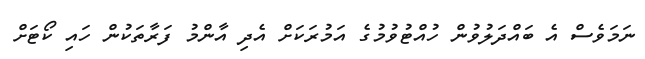
ނަމަވެސް އެ ބައްދަލުވުން ހުއްޓުވުމުގެ އަމުރަކަށް އެދި އާންމު ފަރާތަކުން ހައި ކޯޓަށް